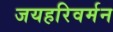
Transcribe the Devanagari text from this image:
जयहरिवर्मन